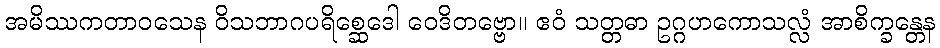
အမိဿကတာဝသေန ဝိသဘာဂပရိစ္ဆေဒေါ ဝေဒိတဗ္ဗော။ ဧဝံ သတ္တဓာ ဥဂ္ဂဟကောသလ္လံ အာစိက္ခန္တေန